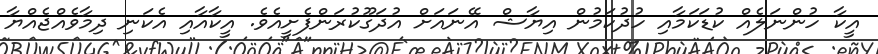
އީކާ ހުންނަލެއް ކުޑަކަމާއި ހުދުކަމުން އިޔާޝް އޭނައަށް އުދަގޫކުރަންފެށީއެވެ. އީކާއާއި އެކަނި ދިމާވެއްޖެއްޔާ